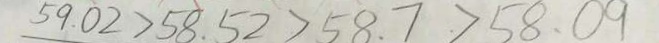
5 9 . 0 2 > 5 8 . 5 2 > 5 8 . 7 > 5 8 . 0 9